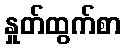
နှုတ်ထွက်စာ